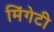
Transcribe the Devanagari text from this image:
मिंगेटी